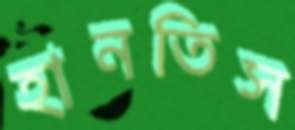
হানতিস